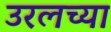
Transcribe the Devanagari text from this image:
उरलच्या